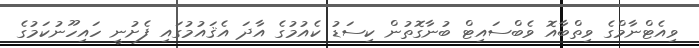
ވިއެޓްނާމްގެ ވިތްބާއޮ ވެބްސައިޓް ބުނާގޮތުން ކިސަޑު ކެއުމުގެ އާދަ އެޤައުމުގައި ފެށުނީ ހައިހޫނުކަމުގެ